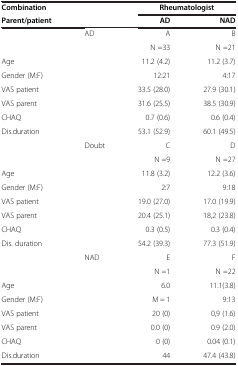
| Combination |  | <COLSPAN=2> Rheumatologist |
 | Parent/patient |  | AD | NAD |
 | --- | --- | --- | --- |
 |  | AD | A | B |
 |  |  | N =33 | N =21 |
 | Age |  | 11.2 (4.2) | 11.2 (3.7) |
 | Gender (M:F) |  | 12:21 | 4:17 |
 | VAS patient |  | 33.5 (28.0) | 27.9 (30.1) |
 | VAS parent |  | 31.6 (25.5) | 38.5 (30.9) |
 | CHAQ |  | 0.7 (0.6) | 0.6 (0.4) |
 | Dis.duration |  | 53.1 (52.9) | 60.1 (49.5) |
 |  | Doubt | C | D |
 |  |  | N =9 | N =27 |
 | Age |  | 11.8 (3.2) | 12.2 (3.6) |
 | Gender (M:F) |  | 2:7 | 9:18 |
 | VAS patient |  | 19.0 (27.0) | 17.0 (19.9) |
 | VAS parent |  | 20.4 (25.1) | 18,2 (23.8) |
 | CHAQ |  | 0.3 (0.5) | 0.3 (0.4) |
 | Dis. duration |  | 54.2 (39.3) | 77.3 (51.9) |
 |  | NAD | E | F |
 |  |  | N =1 | N =22 |
 | Age |  | 6.0 | 11.1(3.8) |
 | Gender (M:F) |  | M = 1 | 9:13 |
 | VAS patient |  | 20 (0) | 0,9 (1.6) |
 | VAS parent |  | 0.0 (0) | 0.9 (2.0) |
 | CHAQ |  | 0 (0) | 0.04 (0.1) |
 | Dis.duration |  | 44 | 47.4 (43.8) |